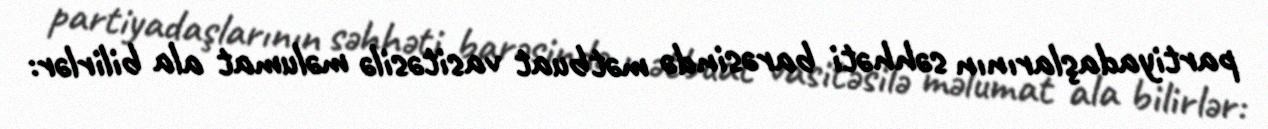
partiyadaşlarının səhhəti barəsində mətbuat vasitəsilə məlumat ala bilirlər: